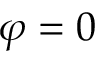
\varphi = 0